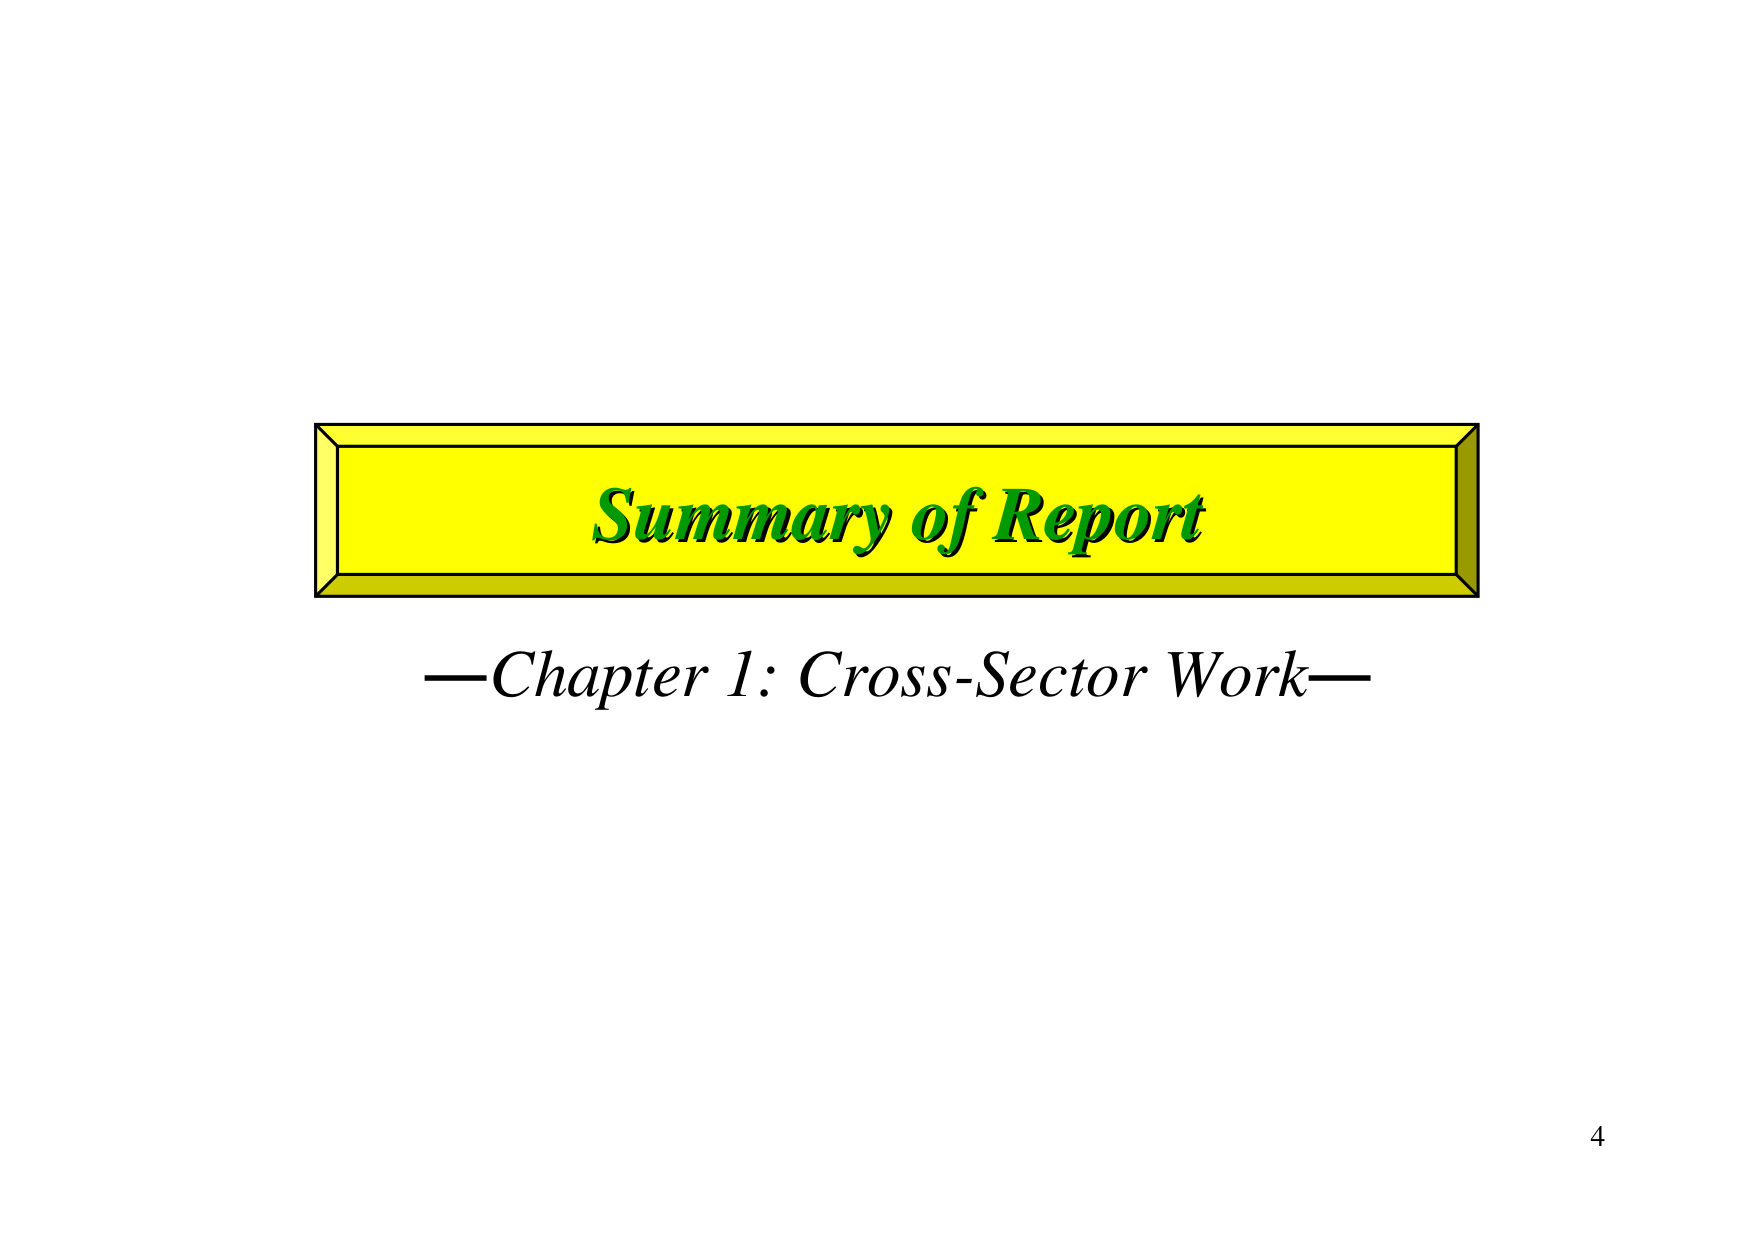
Summary of Report
—Chapter 1: Cross-Sector Work—
4